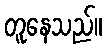
တူနေသည်။